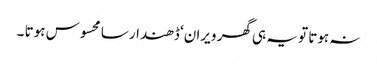
نہ ہوتا تو یہ ہی گھر ویران‘ ڈھندار سا محسوس ہوتا ۔